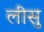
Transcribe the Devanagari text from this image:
लीसु